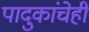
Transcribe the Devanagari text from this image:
पादुकांचेही